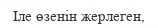
Ӏле өзенін жерлеген,